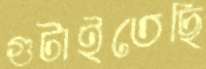
গুটাইতেছি